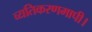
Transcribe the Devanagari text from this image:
व्यतिकरणमापी।